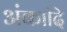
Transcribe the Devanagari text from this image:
अंकादि